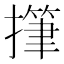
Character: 𢴩